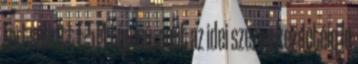
Fortschritt E-514 típusú, amit az idei szezon kezdetéig le